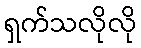
ရှက်သလိုလို